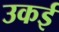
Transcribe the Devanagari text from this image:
उकई